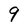
Character: 9